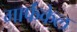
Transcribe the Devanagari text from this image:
गार्फंकेल